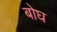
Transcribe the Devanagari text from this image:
बोघ